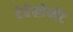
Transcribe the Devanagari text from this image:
देवेलोप्मेंट